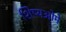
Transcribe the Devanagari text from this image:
शिष्यओमे